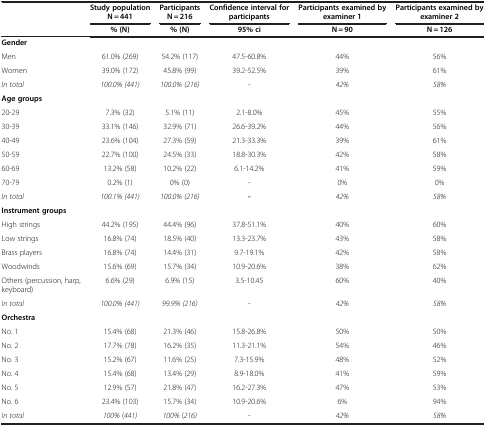
<table><thead><tr><td rowspan="2"><b> </b></td><td><b>Study population N = 441</b></td><td><b>Participants N = 216</b></td><td><b>Confidence interval for participants</b></td><td><b>Participants examined by examiner1</b></td><td><b>Participants examined by examiner2</b></td></tr><tr><td><b>% (N)</b></td><td><b>% (N)</b></td><td><b>95% ci</b></td><td><b>N = 90</b></td><td><b>N = 126</b></td></tr></thead><tbody><tr><td><b>Gender</b></td><td> </td><td> </td><td> </td><td> </td><td> </td></tr><tr><td>Men</td><td>61.0% (269)</td><td>54.2% (117)</td><td>47.5-60.8%</td><td>44%</td><td>56%</td></tr><tr><td>Women</td><td>39.0% (172)</td><td>45.8% (99)</td><td>39.2-52.5%</td><td>39%</td><td>61%</td></tr><tr><td><i>In total</i></td><td><i>100.0% (441)</i></td><td><i>100.0% (216)</i></td><td>-</td><td><i>42%</i></td><td><i>58%</i></td></tr><tr><td><b>Age groups</b></td><td> </td><td> </td><td> </td><td> </td><td> </td></tr><tr><td>20-29</td><td>7.3% (32)</td><td>5.1% (11)</td><td>2.1-8.0%</td><td>45%</td><td>55%</td></tr><tr><td>30-39</td><td>33.1% (146)</td><td>32.9% (71)</td><td>26.6-39.2%</td><td>44%</td><td>56%</td></tr><tr><td>40-49</td><td>23.6% (104)</td><td>27.3% (59)</td><td>21.3-33.3%</td><td>39%</td><td>61%</td></tr><tr><td>50-59</td><td>22.7% (100)</td><td>24.5% (33)</td><td>18.8-30.3%</td><td>42%</td><td>58%</td></tr><tr><td>60-69</td><td>13.2% (58)</td><td>10.2% (22)</td><td>6.1-14.2%</td><td>41%</td><td>59%</td></tr><tr><td>70-79</td><td>0.2% (1)</td><td>0% (0)</td><td>-</td><td>0%</td><td>0%</td></tr><tr><td><i>In total</i></td><td><i>100.1% (441)</i></td><td><i>100.0% (216)</i></td><td><b>-</b></td><td><i>42%</i></td><td><i>58%</i></td></tr><tr><td><b>Instrument groups</b></td><td> </td><td> </td><td> </td><td> </td><td> </td></tr><tr><td>High strings</td><td>44.2% (195)</td><td>44.4% (96)</td><td>37.8-51.1%</td><td>40%</td><td>60%</td></tr><tr><td>Low strings</td><td>16.8% (74)</td><td>18.5% (40)</td><td>13.3-23.7%</td><td>43%</td><td>58%</td></tr><tr><td>Brass players</td><td>16.8% (74)</td><td>14.4% (31)</td><td>9.7-19.1%</td><td>42%</td><td>58%</td></tr><tr><td>Woodwinds</td><td>15.6% (69)</td><td>15.7% (34)</td><td>10.9-20.6%</td><td>38%</td><td>62%</td></tr><tr><td>Others (percussion, harp, keyboard)</td><td>6.6% (29)</td><td>6.9% (15)</td><td>3.5-10.45</td><td>60%</td><td>40%</td></tr><tr><td><i>In total</i></td><td><i>100.0% (441)</i></td><td><i>99.9% (216)</i></td><td>-</td><td><i>42%</i></td><td><i>58%</i></td></tr><tr><td><b>Orchestra</b></td><td> </td><td> </td><td> </td><td> </td><td> </td></tr><tr><td>No. 1</td><td>15.4% (68)</td><td>21.3% (46)</td><td>15.8-26.8%</td><td>50%</td><td>50%</td></tr><tr><td>No. 2</td><td>17.7% (78)</td><td>16.2% (35)</td><td>11.3-21.1%</td><td>54%</td><td>46%</td></tr><tr><td>No. 3</td><td>15.2% (67)</td><td>11.6% (25)</td><td>7.3-15.9%</td><td>48%</td><td>52%</td></tr><tr><td>No. 4</td><td>15.4% (68)</td><td>13.4% (29)</td><td>8.9-18.0%</td><td>41%</td><td>59%</td></tr><tr><td>No. 5</td><td>12.9% (57)</td><td>21.8% (47)</td><td>16.2-27.3%</td><td>47%</td><td>53%</td></tr><tr><td>No. 6</td><td>23.4% (103)</td><td>15.7% (34)</td><td>10.9-20.6%</td><td>6%</td><td>94%</td></tr><tr><td><i>In total</i></td><td><i>100%</i> (<i>441)</i></td><td><i>100%</i> (<i>216)</i></td><td>-</td><td><i>42%</i></td><td><i>58%</i></td></tr></tbody></table>